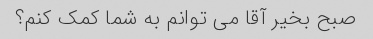
صبح بخیر آقا می توانم به شما کمک کنم؟